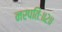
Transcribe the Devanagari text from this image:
नरपतिः॥२॥